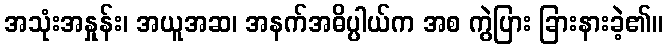
အသုံးအနှုန်း၊ အယူအဆ၊ အနက်အဓိပ္ပါယ်က အစ ကွဲပြား ခြားနားခဲ့၏။